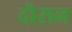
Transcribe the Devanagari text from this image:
दॊरान